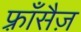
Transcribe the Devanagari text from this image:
फ़्राँसैज़